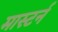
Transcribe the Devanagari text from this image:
मास्टर्न